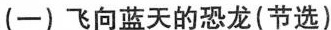
(一)飞向蓝天的恐龙(节选)